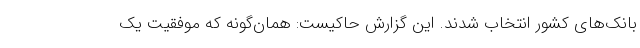
بانک‌های کشور انتخاب شدند. این گزارش حاکیست: همان‌گونه که موفقیت یک